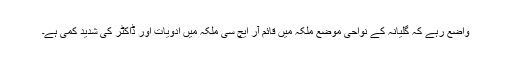
واضع رہے کہ گلیانہ کے نواحی موضع ملکہ میں قائم آر ایچ سی ملکہ میں ادویات اور ڈاکٹر کی شدید کمی ہے۔